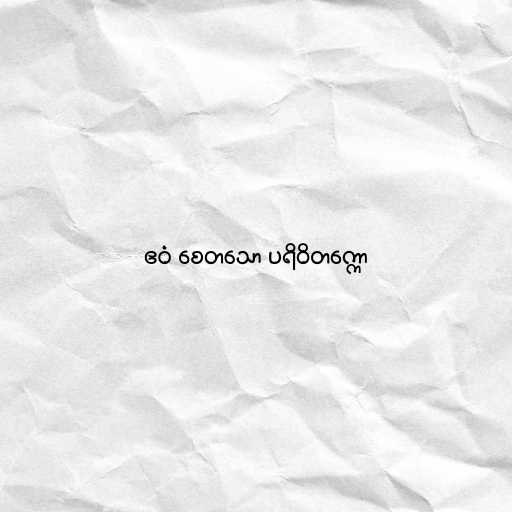
ဧဝံ စေတသော ပရိဝိတက္ကော